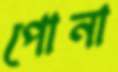
পোনা